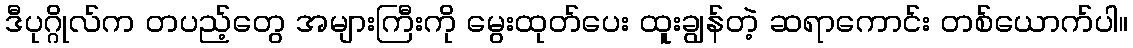
ဒီပုဂ္ဂိုလ်က တပည့်တွေ အများကြီးကို မွေးထုတ်ပေး ထူးချွန်တဲ့ ဆရာကောင်း တစ်ယောက်ပါ။